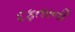
દફતરની